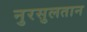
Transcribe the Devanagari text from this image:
नुरसुलतान